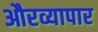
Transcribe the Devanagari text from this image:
औरव्यापार